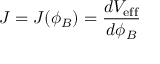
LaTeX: J = J ( \phi _ { B } ) = { \frac { d V _ { \mathrm { e f f } } } { d \phi _ { B } } }